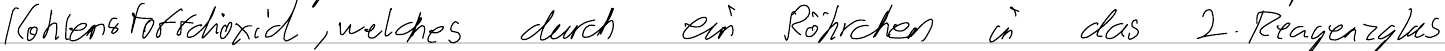
Kohlenstoffdioxid, welches durch ein Röhrchen in das 2. Reagenzglas